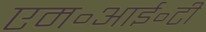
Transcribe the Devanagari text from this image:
एम॰आई॰टी